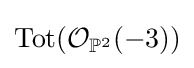
{\text{Tot}}({\mathcal {O}}_{\mathbb {P} ^{2}}(-3))